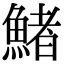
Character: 鯺